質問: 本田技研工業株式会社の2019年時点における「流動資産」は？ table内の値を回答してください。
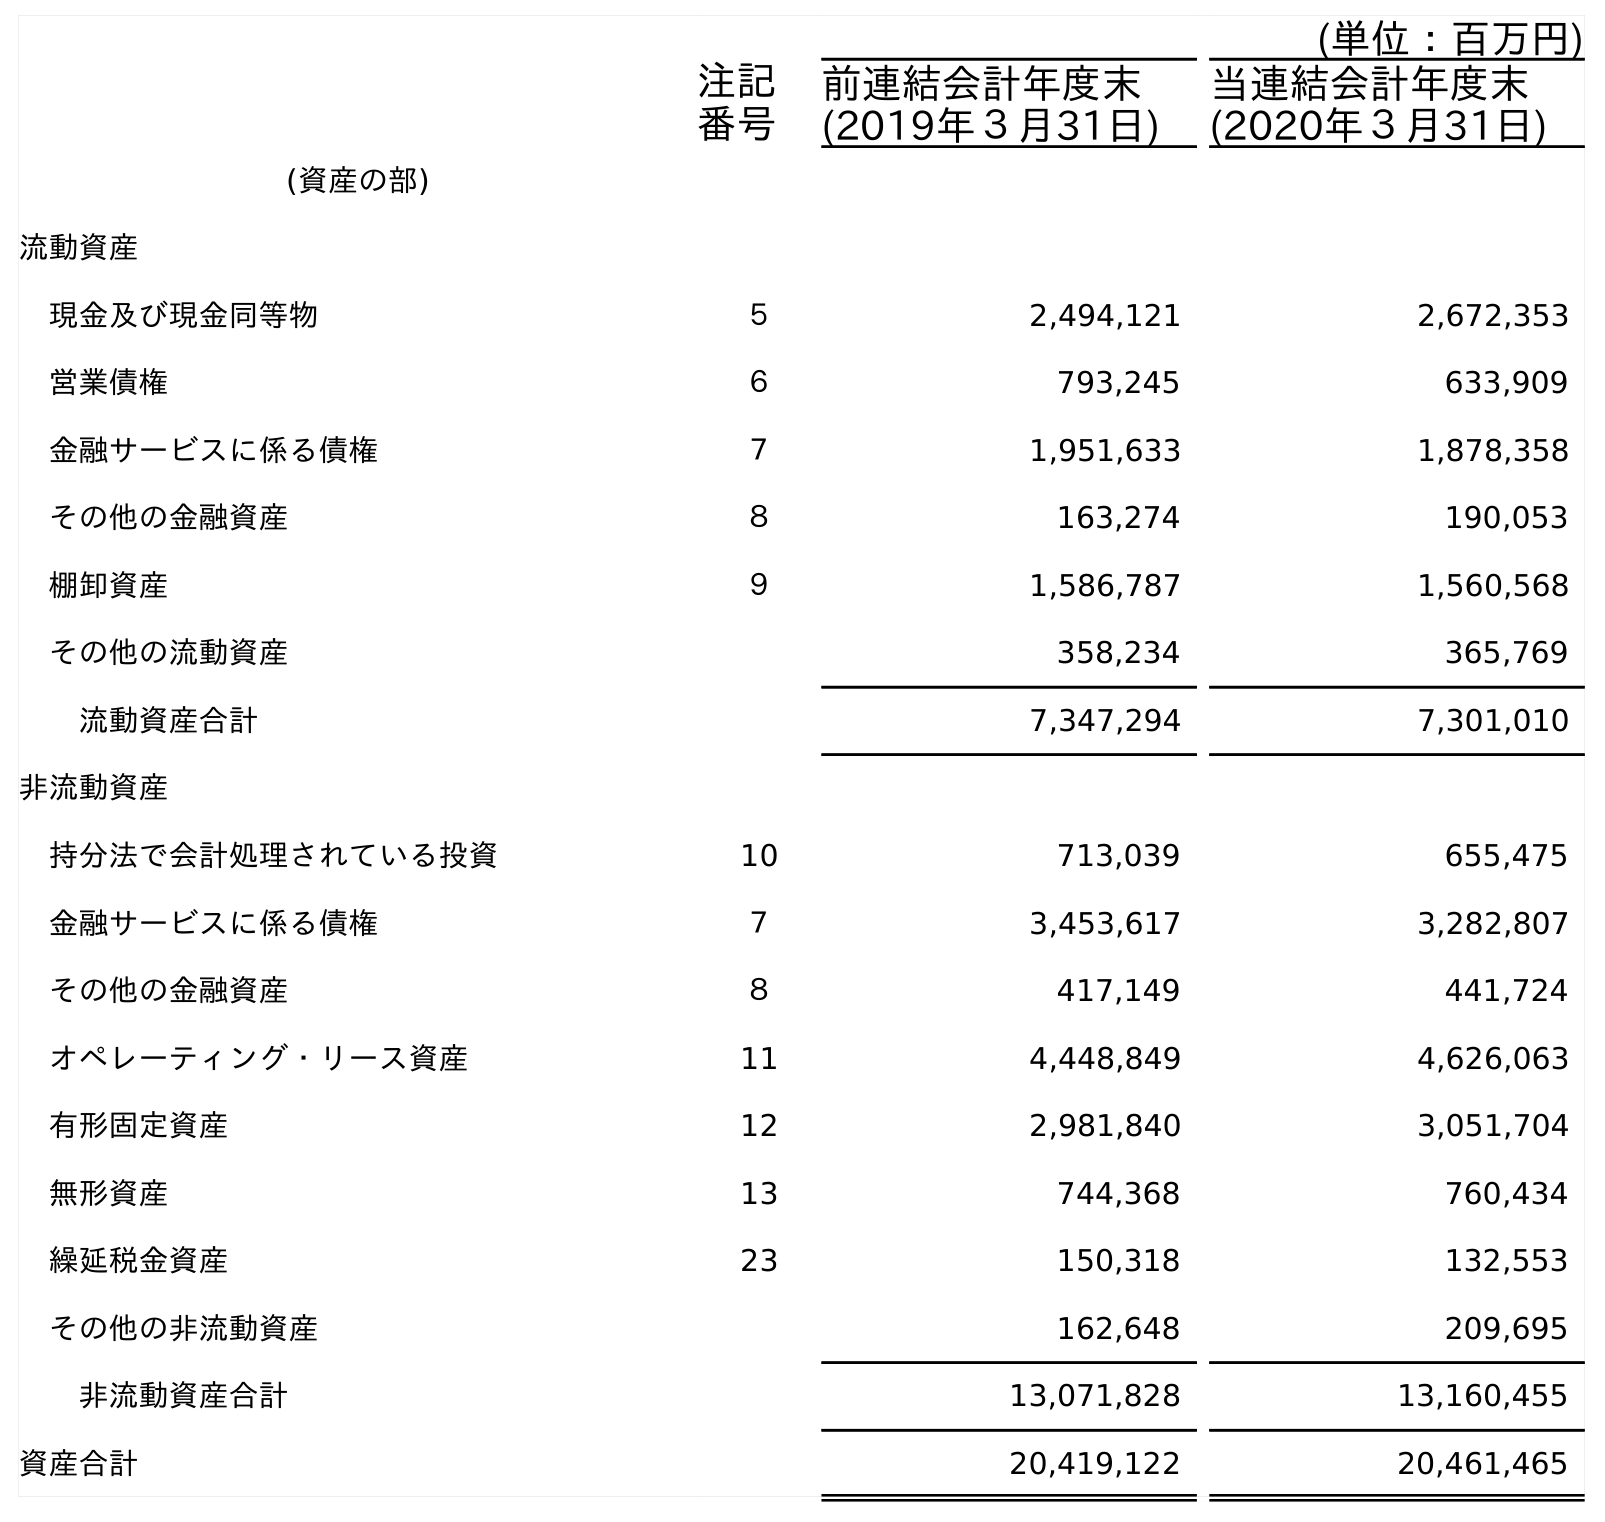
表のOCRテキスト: (単位：百万円) 注記 番号 前連結会計年度末 (2019年３月31日) 当連結会計年度末 (2020年３月31日) (資産の部) 流動資産 現金及び現金同等物 ５ 2,494,121 2,672,353 営業債権 ６ 793,245 633,909 金融サービスに係る債権 ７ 1,951,633 1,878,358 その他の金融資産 ８ 163,274 190,053 棚卸資産 ９ 1,586,787 1,560,568 その他の流動資産 358,234 365,769 流動資産合計 7,347,294 7,301,010 非流動資産 持分法で会計処理されている投資 10 713,039 655,475 金融サービスに係る債権 ７ 3,453,617 3,282,807 その他の金融資産 ８ 417,149 441,724 オペレーティング・リース資産 11 4,448,849 4,626,063 有形固定資産 12 2,981,840 3,051,704 無形資産 13 744,368 760,434 繰延税金資産 23 150,318 132,553 その他の非流動資産 162,648 209,695 非流動資産合計 13,071,828 13,160,455 資産合計 20,419,122 20,461,465
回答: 7,347,294